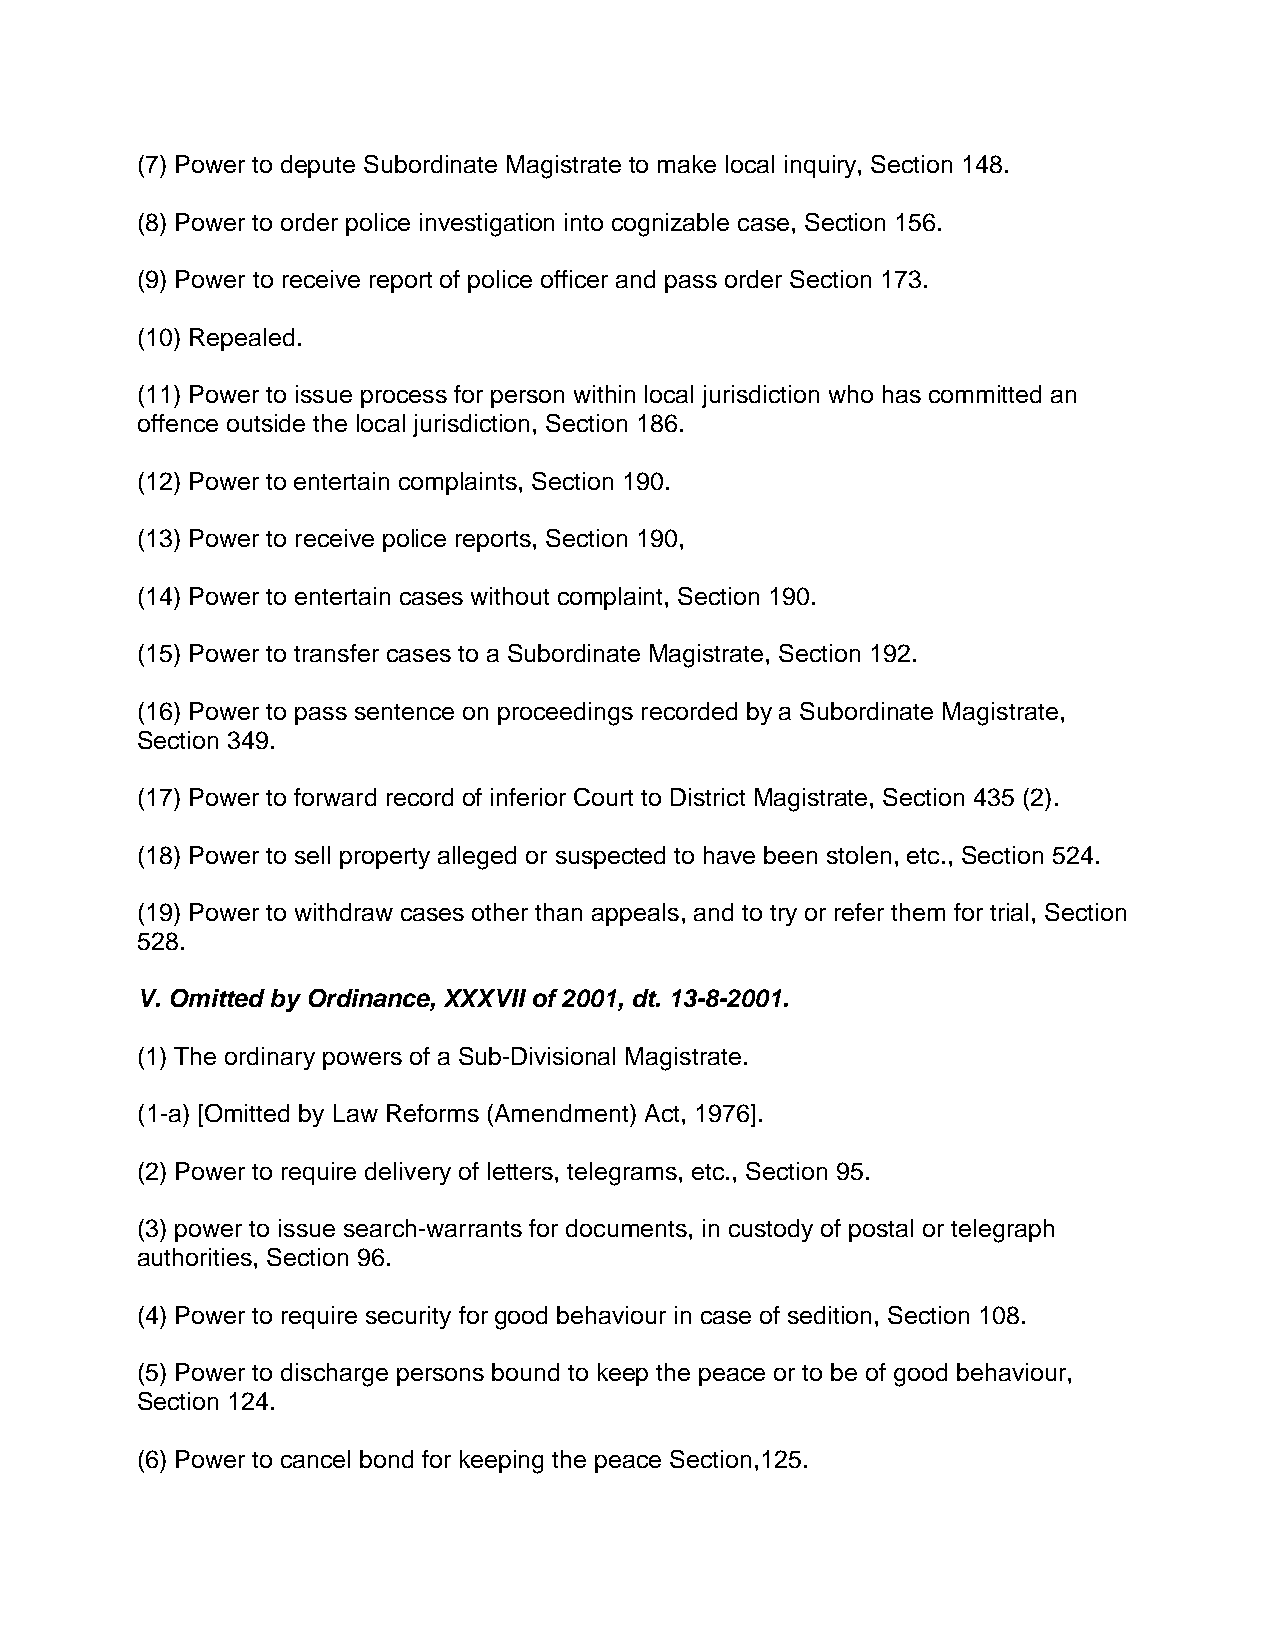
(7) Power to depute Subordinate Magistrate to make local inquiry, Section 148.
 (8) Power to order police investigation into cognizable case, Section 156.
 (9) Power to receive report of police officer and pass order Section 173.
 (10) Repealed.
 (11) Power to issue process for person within local jurisdiction who has committed an
 offence outside the local jurisdiction, Section 186.
 (12) Power to entertain complaints, Section 190.
 (13) Power to receive police reports, Section 190,
 (14) Power to entertain cases without complaint, Section 190.
 (15) Power to transfer cases to a Subordinate Magistrate, Section 192.
 (16) Power to pass sentence on proceedings recorded by a Subordinate Magistrate,
 Section 349.
 (17) Power to forward record of inferior Court to District Magistrate, Section 435 (2).
 (18) Power to sell property alleged or suspected to have been stolen, etc., Section 524.
 (19) Power to withdraw cases other than appeals, and to try or refer them for trial, Section
 528.
 V. Omitted by Ordinance, XXXVII of 2001, dt. 13-8-2001.
 (1) The ordinary powers of a Sub-Divisional Magistrate.
 (1-a) [Omitted by Law Reforms (Amendment) Act, 1976].
 (2) Power to require delivery of letters, telegrams, etc., Section 95.
 (3) power to issue search-warrants for documents, in custody of postal or telegraph
 authorities, Section 96.
 (4) Power to require security for good behaviour in case of sedition, Section 108.
 (5) Power to discharge persons bound to keep the peace or to be of good behaviour,
 Section 124.
 (6) Power to cancel bond for keeping the peace Section,125.